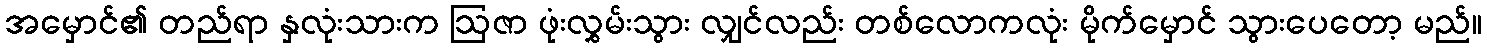
အမှောင်၏ တည်ရာ နှလုံးသားက ဩဇာ ဖုံးလွှမ်းသွား လျှင်လည်း တစ်လောကလုံး မိုက်မှောင် သွားပေတော့ မည်။